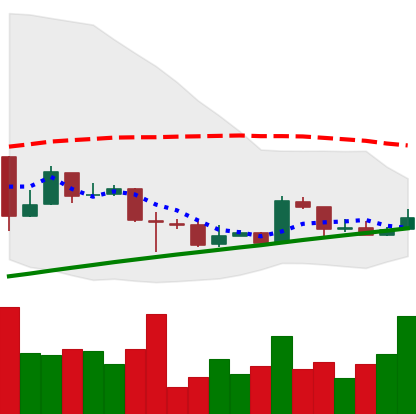
Ticker: BTC-USD
Chart end date: 2016-02-10
Forward return: 4.857%
Label: up_3_5